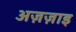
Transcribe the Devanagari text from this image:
अज़ज़ाइ